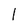
Character: l